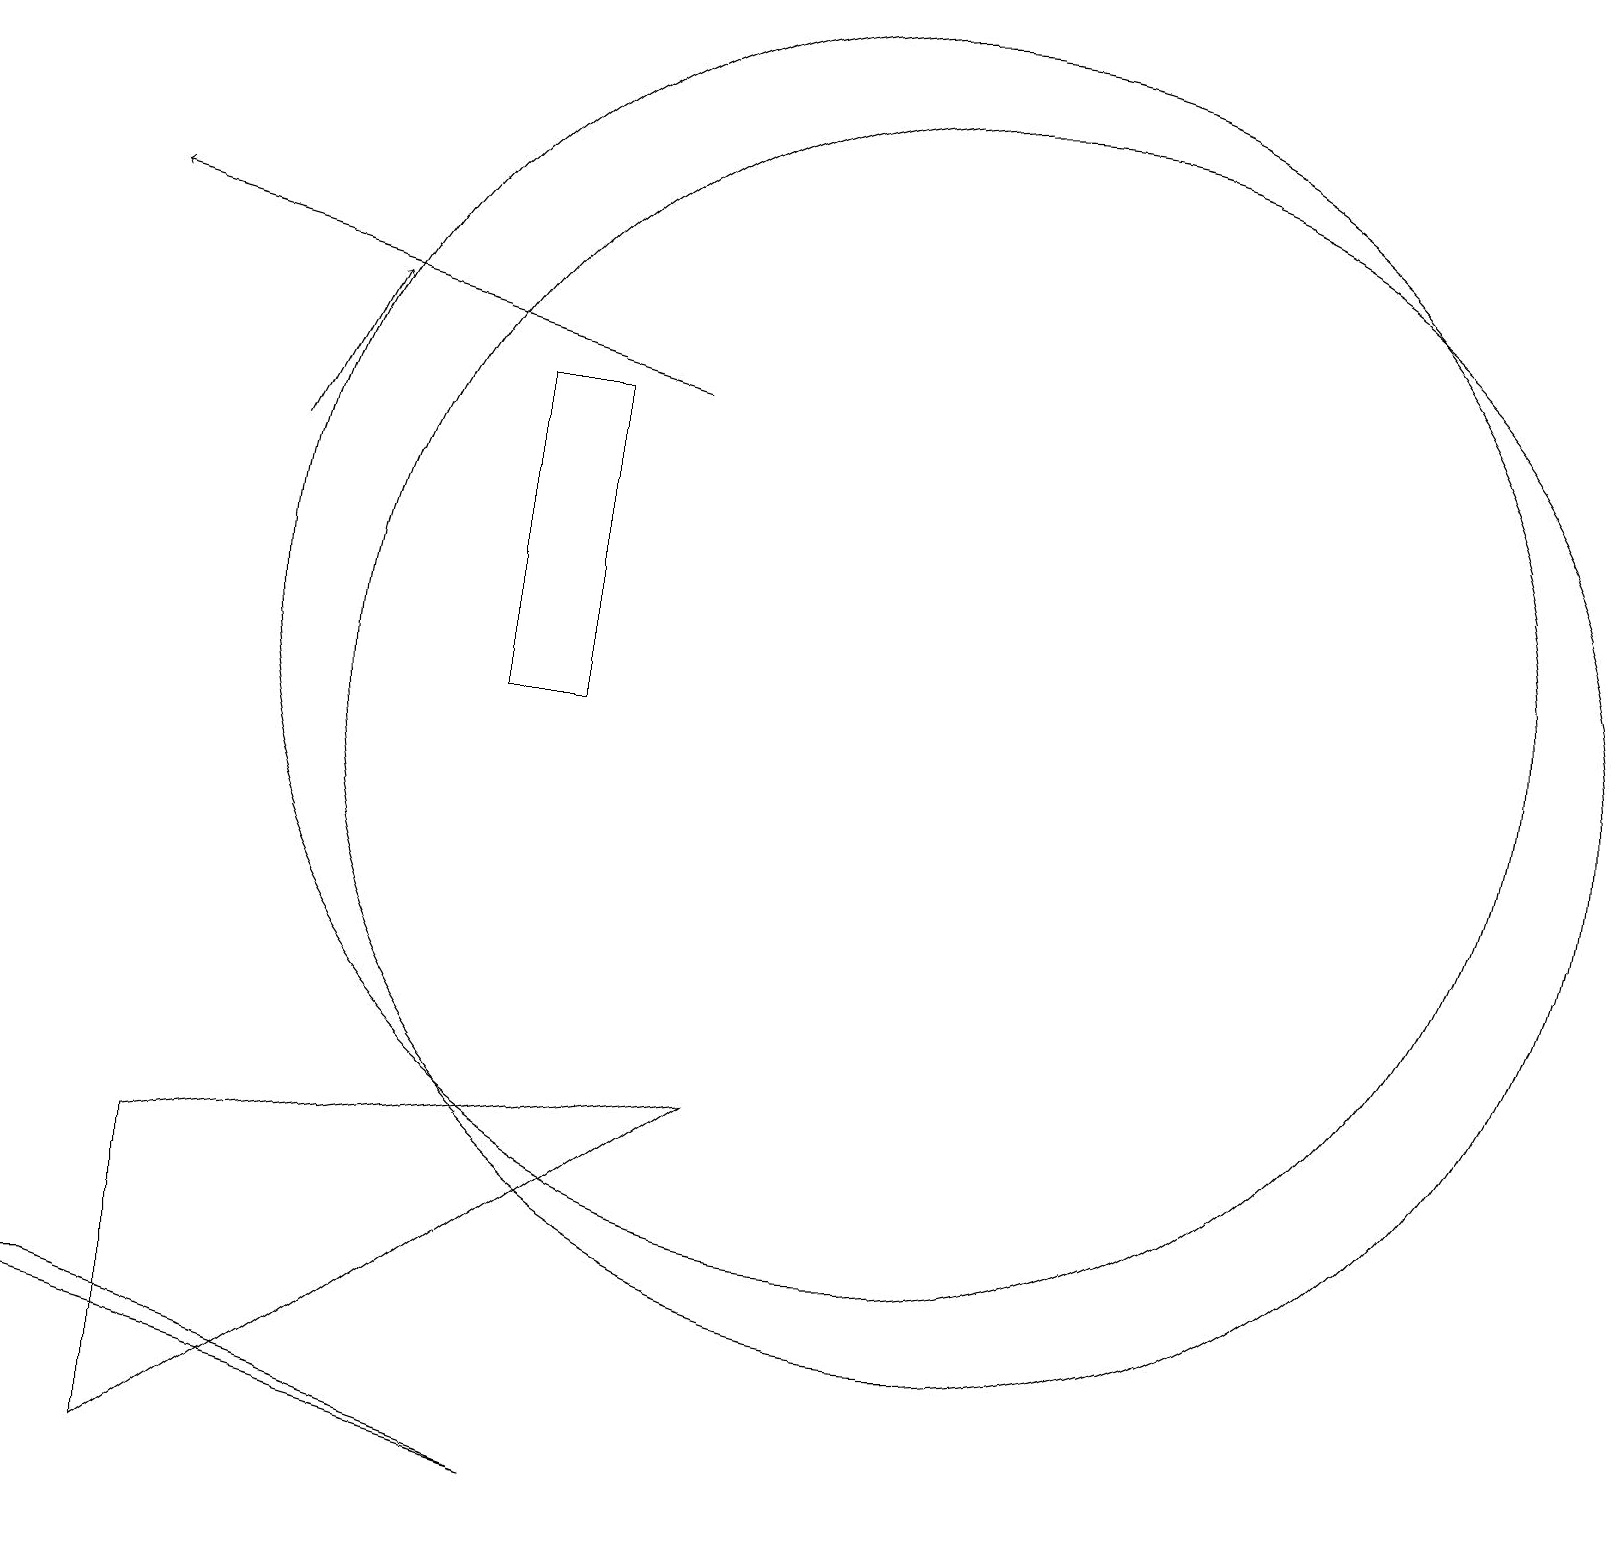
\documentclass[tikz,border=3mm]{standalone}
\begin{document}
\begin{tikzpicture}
\draw (11,12) circle (8);
\draw[->] (3,14) -- (4,16);
\draw (1,3) -- (0,3) -- (7,1) -- cycle;
\draw (2,5) -- (2,1) -- (9,6) -- cycle;
\draw (7,11) rectangle (6,15);
\draw (12,11) circle (8);
\draw[->] (8,15) -- (1,17);
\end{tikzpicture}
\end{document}